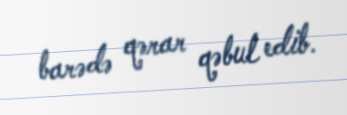
barədə qərar qəbul edib.